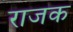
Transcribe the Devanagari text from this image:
राजक